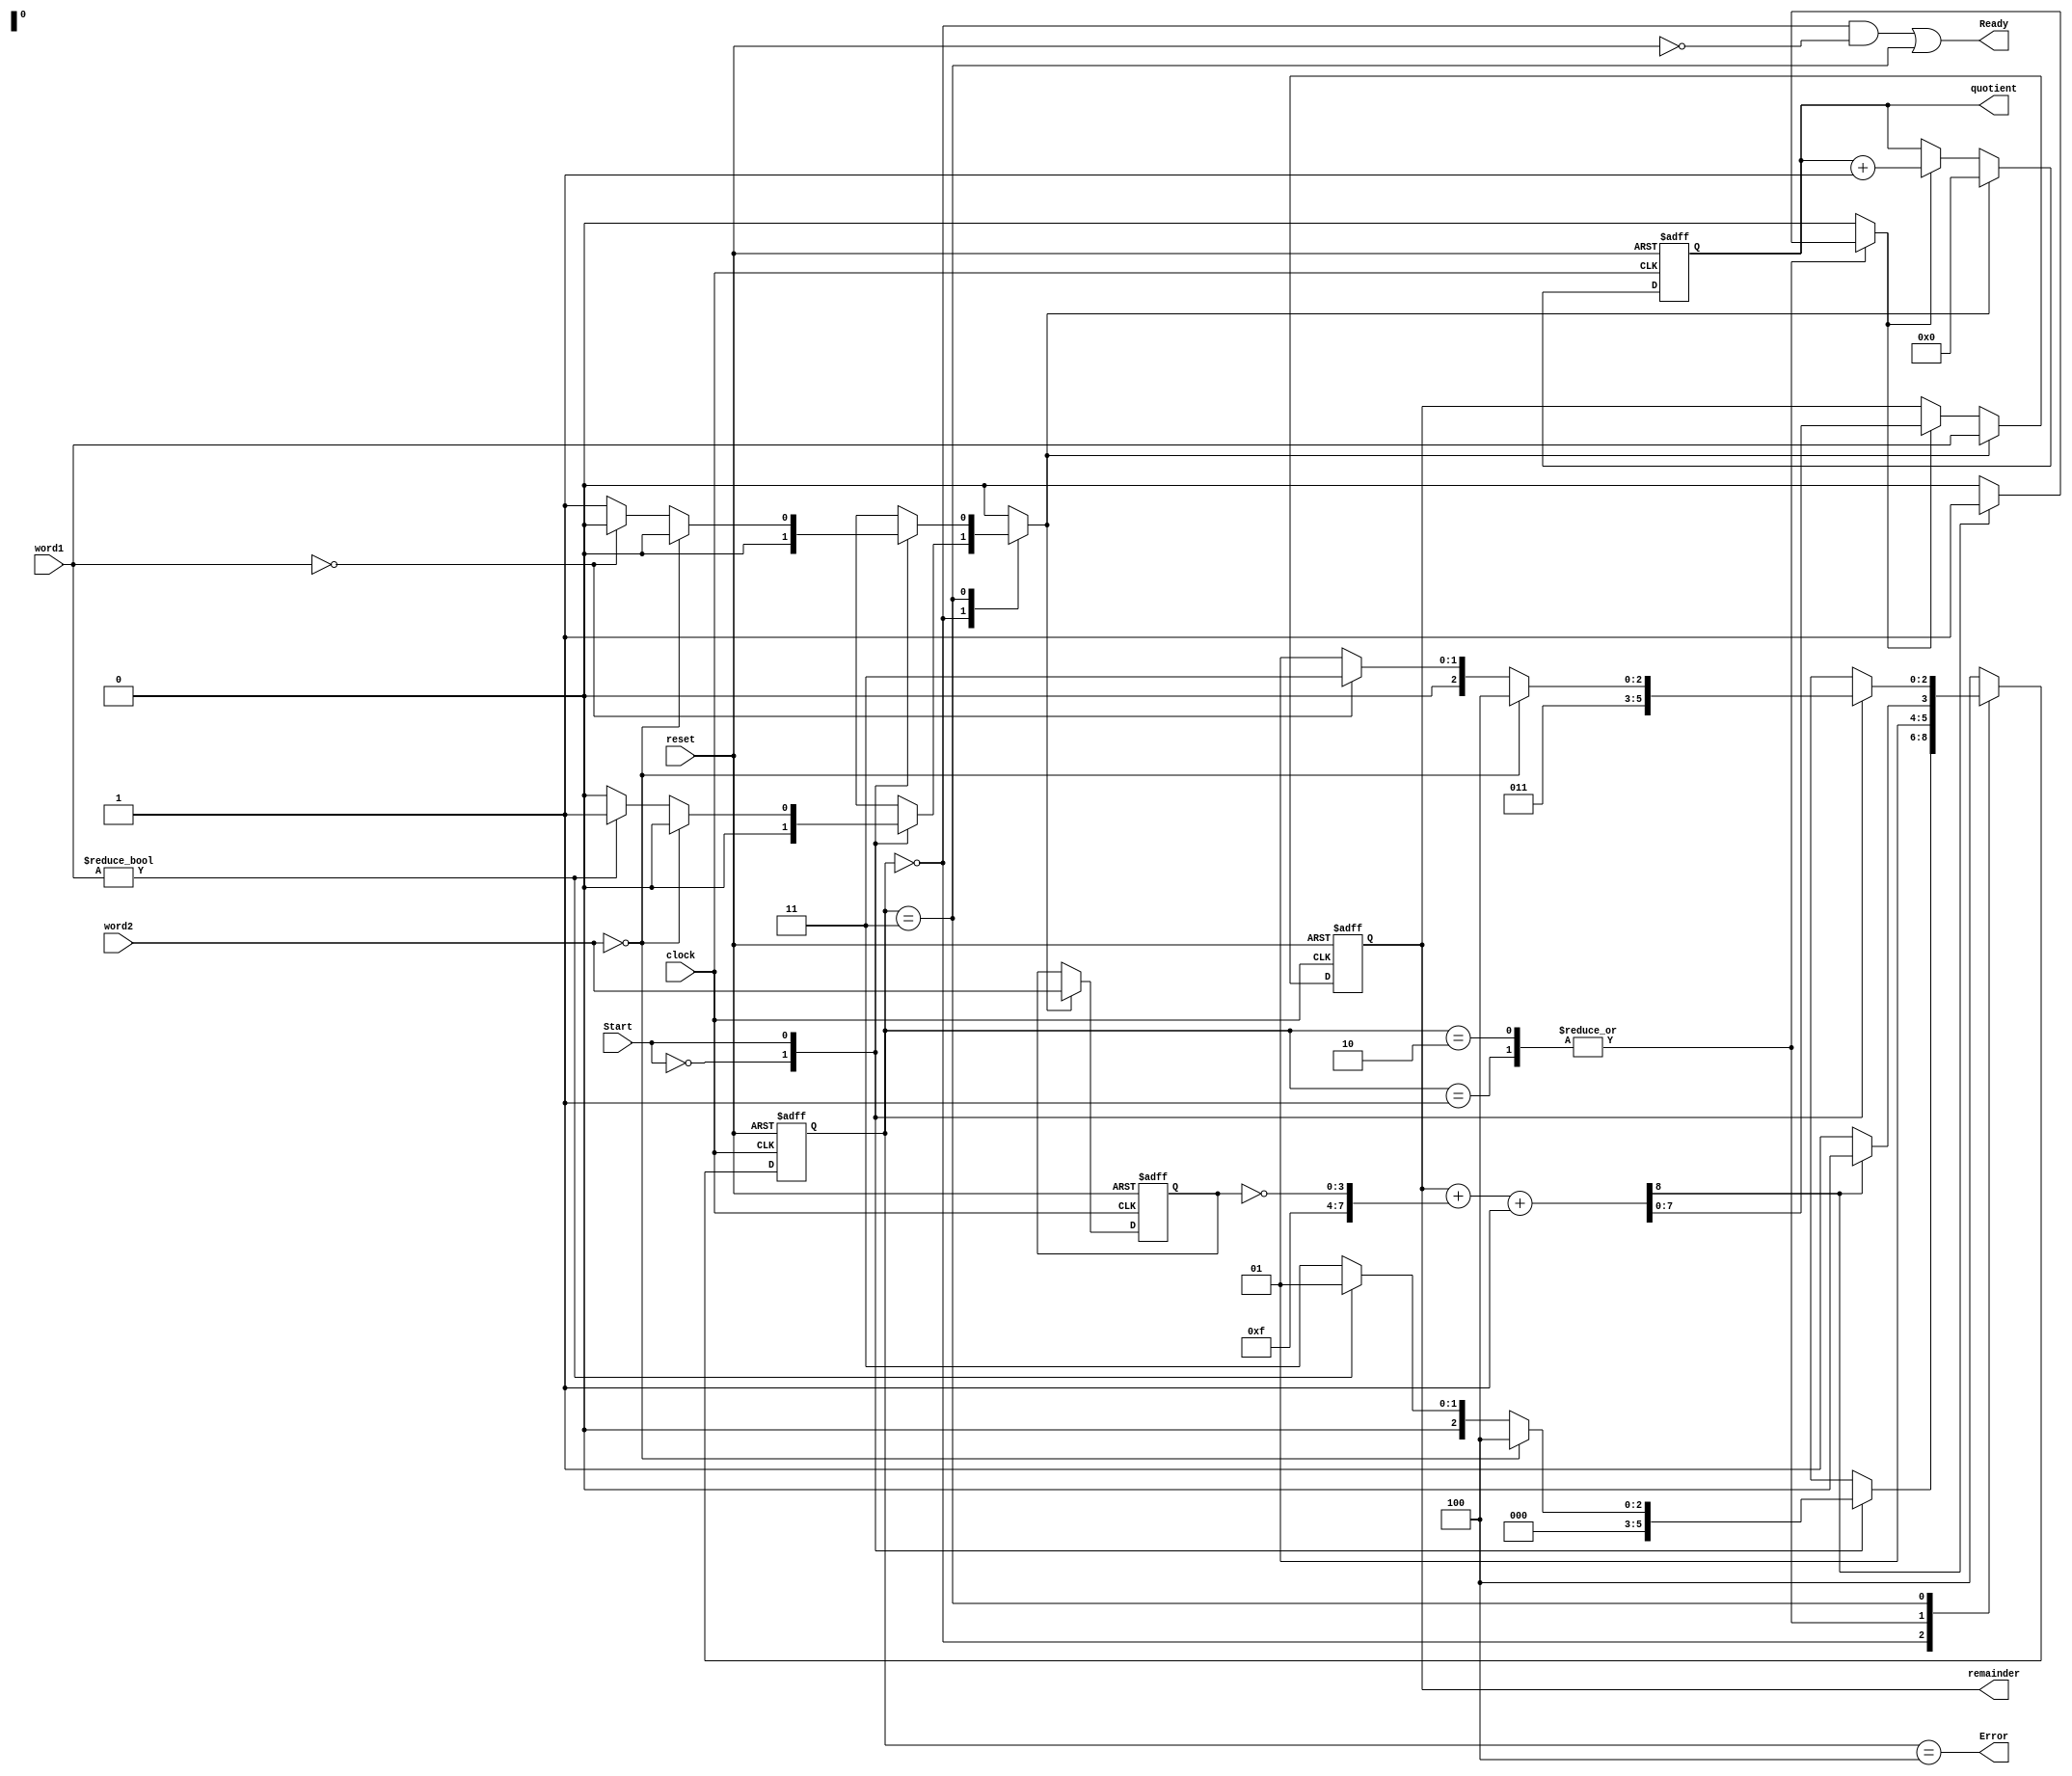
module Divider_STG_0_sub (quotient, remainder, Ready, Error, word1, word2, Start, clock, reset);
/* This version checks for a divide by zero, subtracts the divisor from the dividend until the dividend is less than the divisor, and counts the number of subtractions performed. The length of divisor must not exceed the length of dividend .*/ 

  parameter 				L_divn = 8;
  parameter 				L_divr = 4;		 
  parameter				S_idle = 0, S_1 = 1, S_2 = 2, S_3 = 3, S_Err = 4; 
  parameter 				L_state = 3;
  output 		[L_divn -1: 0] 	quotient;
  output 		[L_divn -1: 0]	remainder;
  output 					Ready, Error;
  input 		[L_divn -1: 0] 	word1;			// Datapath for dividend
  input 		[L_divr -1: 0] 	word2;			// Datapath for divisor
  input 					Start, clock, reset;
  reg 		[L_state -1: 0] 	state, next_state;
  reg 					Load_words, Subtract;
  reg 		[L_divn-1: 0] 	dividend;	 	 
  reg			[L_divr -1: 0]	divisor;
  reg 		[L_divn -1: 0]	quotient;
  wire 					Ready = ((state == S_idle) && !reset) || (state == S_3);
  wire 					Error = (state == S_Err);
  wire		 [L_divn-1:0]		difference;
  wire					carry;
  assign					{carry, difference} = dividend[L_divn-1: 0] 
					+ {{(L_divn -L_divr){1'b1}}, ~divisor[L_divr -1:  0]} 
+ 1'b1;
  assign 	 			remainder = dividend;

  always @ (posedge clock or posedge reset) 
    if (reset) state <= S_idle; else state <= next_state; 		// State transitions

  always @ (state or word1 or word2 or Start or carry ) begin 	// Next state and control logic
    Load_words = 0; Subtract = 0; 
    case (state)
      S_idle: 	case (Start) 		  
  		  0:   	next_state = S_idle; 
			  
      		  1:	if (word2 == 0) next_state = S_Err; 
			else if (word1) begin next_state = S_1; Load_words = 1; end
			else next_state = S_3;
		 endcase
	      S_1:		if (!carry) next_state = S_3;
			else begin next_state = S_2; Subtract = 1; end
                    S_2:		if (!carry) next_state = S_3;
else begin next_state = S_2; Subtract = 1; end
      S_3: 	case (Start) 		  
  		  0:   	next_state = S_3; 
			  
      		  1:	if (word2 == 0) next_state = S_Err; 
			else if (word1 == 0) next_state = S_3;
else begin next_state = S_1; Load_words = 1; end
		endcase
      S_Err:	next_state = S_Err;
      default:	next_state = S_Err;
    endcase
  end

// Register/Datapath Operations

  always @ (posedge clock or posedge reset) begin
    if (reset) begin divisor <= 0; dividend <= 0; quotient <= 0; end
    else if (Load_words == 1)  begin 
      dividend <= word1; 
      divisor <= word2; 
      quotient <= 0; end
    else if (Subtract)  begin 
      dividend <= difference;
      quotient <= quotient + 1; end
   end
endmodule
module test_Divider_STG_0_sub ();
  parameter L_divn = 8;
  parameter L_divr = 4;
  wire [L_divn -1: 0] quotient;
  wire [L_divr-1:0] remainder;
  wire Ready, Div_zero;
  integer word1;		// dividend
  integer word2;		// divisor
  reg Start, clock, reset;
  reg [L_divn-1: 0] expected_value;
  reg [L_divr-1:0] expected_remainder;		 
  wire code_error;
  wire carry = M1.carry;
  integer k, m;

  Divider_STG_0_sub M1 (quotient, remainder, Ready, Error, word1, word2, Start, clock, reset);

  initial #2400000 $finish;
  initial begin clock = 0; forever #10 clock = ~clock; end

// Exhaustive Test
always @ (negedge Ready)  begin  
	 #2 if (word2 != 0) begin expected_value = 0; expected_remainder = 0;  end
	if (word2 != 0) begin expected_value = word1 / word2; expected_remainder = word1 % word2; end
 end

assign code_error = (!reset && Ready && !Start) ? | {(expected_value ^ quotient), |(expected_remainder ^ remainder)}: 0;

initial begin	
// Test for divide by zero detection
#2 reset = 1;
#15 reset = 0; Start = 0;
#10 Start = 1; #5 Start = 0;		
end

initial begin 
// Test for recovery from error state on reset
#50 reset = 1; #5 Start = 1; #5 reset = 0;
word1 = 0; 
word2 = 1; 
while (word2 <= 15) #20 word2 = word2 +1;
 #20 Start = 0; 

end		// Test for recovery from running reset state

initial begin #500  // Exhaustive patterns

  	word1 = 1 /*127*/; while (word1 <= /*127*/ 255) begin			
	word2 = 1; while (word2 <= 15) begin
  		#0 Start = 0; 
		#30 Start = 1;
      	#20 Start = 0; 
      	@ (posedge Ready) #0;
		word2 = word2 + 1; end  	// word2
	word1 = word1 + 1; end 	 		//word1
end 		// initial
endmodule